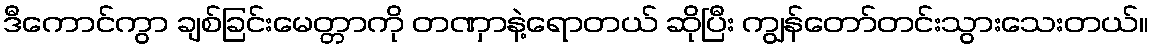
ဒီကောင်ကွာ ချစ်ခြင်းမေတ္တာကို တဏှာနဲ့ရောတယ် ဆိုပြီး ကျွန်တော်တင်းသွားသေးတယ်။